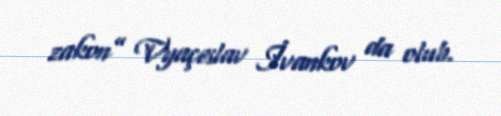
zakon” Vyaçeslav İvankov da olub.